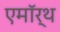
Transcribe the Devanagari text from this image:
एमॉर्थ